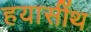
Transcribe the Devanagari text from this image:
हयासींथ